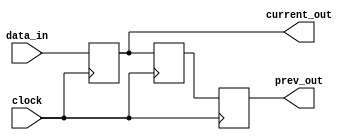
`timescale 1ns / 1ps
//////////////////////////////////////////////////////////////////////////////////
// Company: FDIBA @ TU Sofia
// 
// Design Name: 
// Module Name:    two_stage_buffer 
// Project Name: 
// Target Devices: 
// Tool versions: 
// Description: 
//
// Dependencies: 
//
// Revision: 
// Revision 0.01 - File Created
// Additional Comments: 
//
//////////////////////////////////////////////////////////////////////////////////
module two_stage_buffer(
		clock ,      // The clock
		data_in ,    // 16-bit data input 
		current_out,
		prev_out
	 );

	//-------- Registers --------
	reg signed [15:0] data_in_reg ;
	reg signed [15:0] one_step_delay ;

	//-------- Input ports --------
	input wire clock ;
	input wire signed [15:0] data_in ;
		
	//-------- Output ports --------
	output reg signed [15:0] current_out ;
	output reg signed [15:0] prev_out ;
		
	//-------- Behaviour --------		
	always @ (posedge clock)
	begin : TWO_STAGE_BUFFER // module name
		current_out <= data_in ;
		one_step_delay <= current_out ;
		prev_out <= one_step_delay ;
	end
	
endmodule